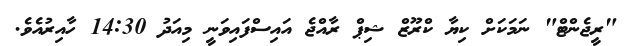
"ރީޖެންޓް" ނަމަކަށް ކިޔާ ކްރޫޒް ޝިޕް ރާއްޖެ އައިސްފައިވަނީ މިއަދު 14:30 ހާއިރުއެވެ.